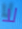
لا